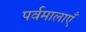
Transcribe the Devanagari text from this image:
पर्वमालाएँ